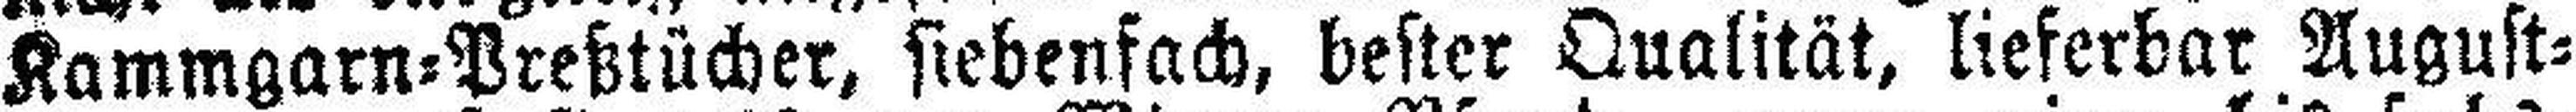
Kammgarn=Preßtücher, siebenfach, bester Qualität, lieferbar August¬